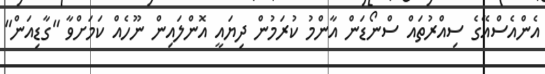
އެންއެސްއޭގެ ސިއްރުތައް ސްނޯޑަން އާންމު ކުރަމުން ދިޔައީ އޮންލައިން ނޫހެއް ކަމަށްވާ "ގާޑިއަން"